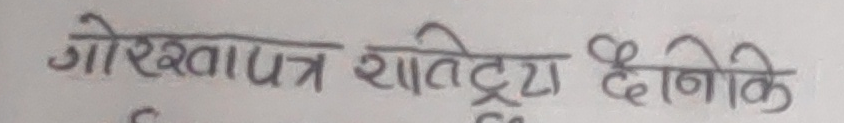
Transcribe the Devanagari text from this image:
गोरखापत्र शतिरद्द दैनिकि